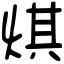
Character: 𤊄